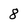
Character: 8